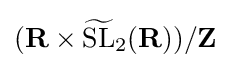
(\mathbf {R} \times {\widetilde {\rm {SL}}}_{2}(\mathbf {R} ))/\mathbf {Z}